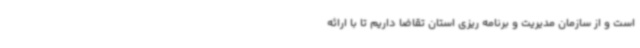
است و از سازمان مدیریت و برنامه ریزی استان تقاضا داریم تا با ارائه